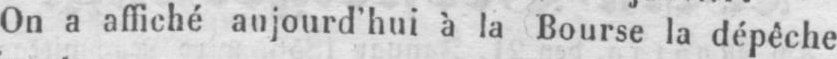
On a affiché aujourd’hui à la Bourse la dépêche